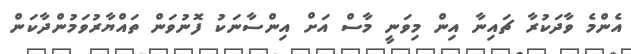
އެންމެ ވާދަކުރާ ޗައިނާ އިން މިވަނީ މާސް އަށް އިންސާނަކު ފޮނުވަން ތައްޔާރުވަމުންދާކަން